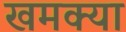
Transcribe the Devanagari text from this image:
खमक्या